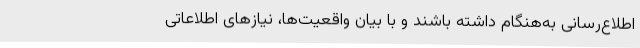
اطلاع‌رسانی به‌هنگام داشته باشند و با بیان واقعیت‌ها، نیازهای اطلاعاتی